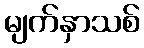
မျက်နှာသစ်